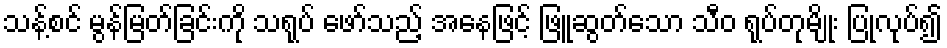
သန့်စင် မွန်မြတ်ခြင်းကို သရုပ် ဖော်သည့် အနေဖြင့် ဖြူဆွတ်သော သီဝ ရုပ်တုမျိုး ပြုလုပ်၍